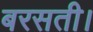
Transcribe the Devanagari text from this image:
बरसती।